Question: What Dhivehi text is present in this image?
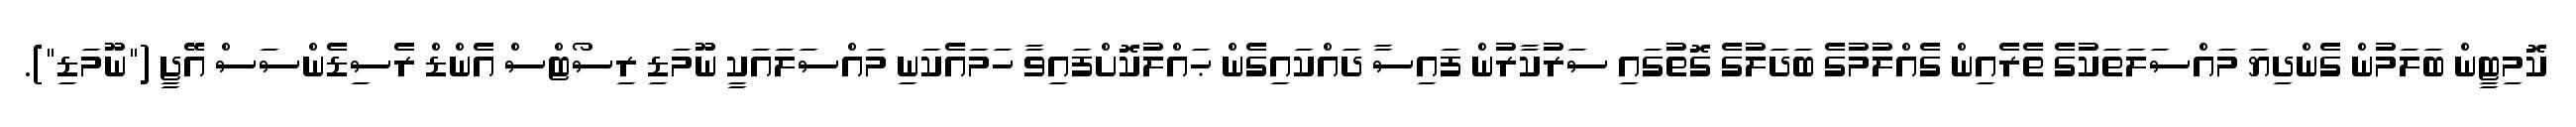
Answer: ކޮމިޓީން ބަލަމުން ގެންދިޔަ މައްސަލަތަކުގެ ތެރެއިން ގެއްލުމުގެ ބަދަލުގެ ގޮތުގައި ސަރުކާރުން ފައިސާ ދައްކައިގެން ޙައްލުކޮށްފައިވާ ހަމައެކަނި މައްސަލައަކީ ނޫމަޑި ރިސޯޓްސް އެންޑް ރެސިޑެންސަސް އޭޖީ ("ނޫމަޑި").